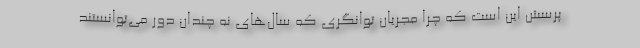
پرسش این است که چرا مجریان توانگری که سال‌های نه چندان دور می‌توانستند